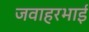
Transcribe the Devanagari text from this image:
जवाहरभाई